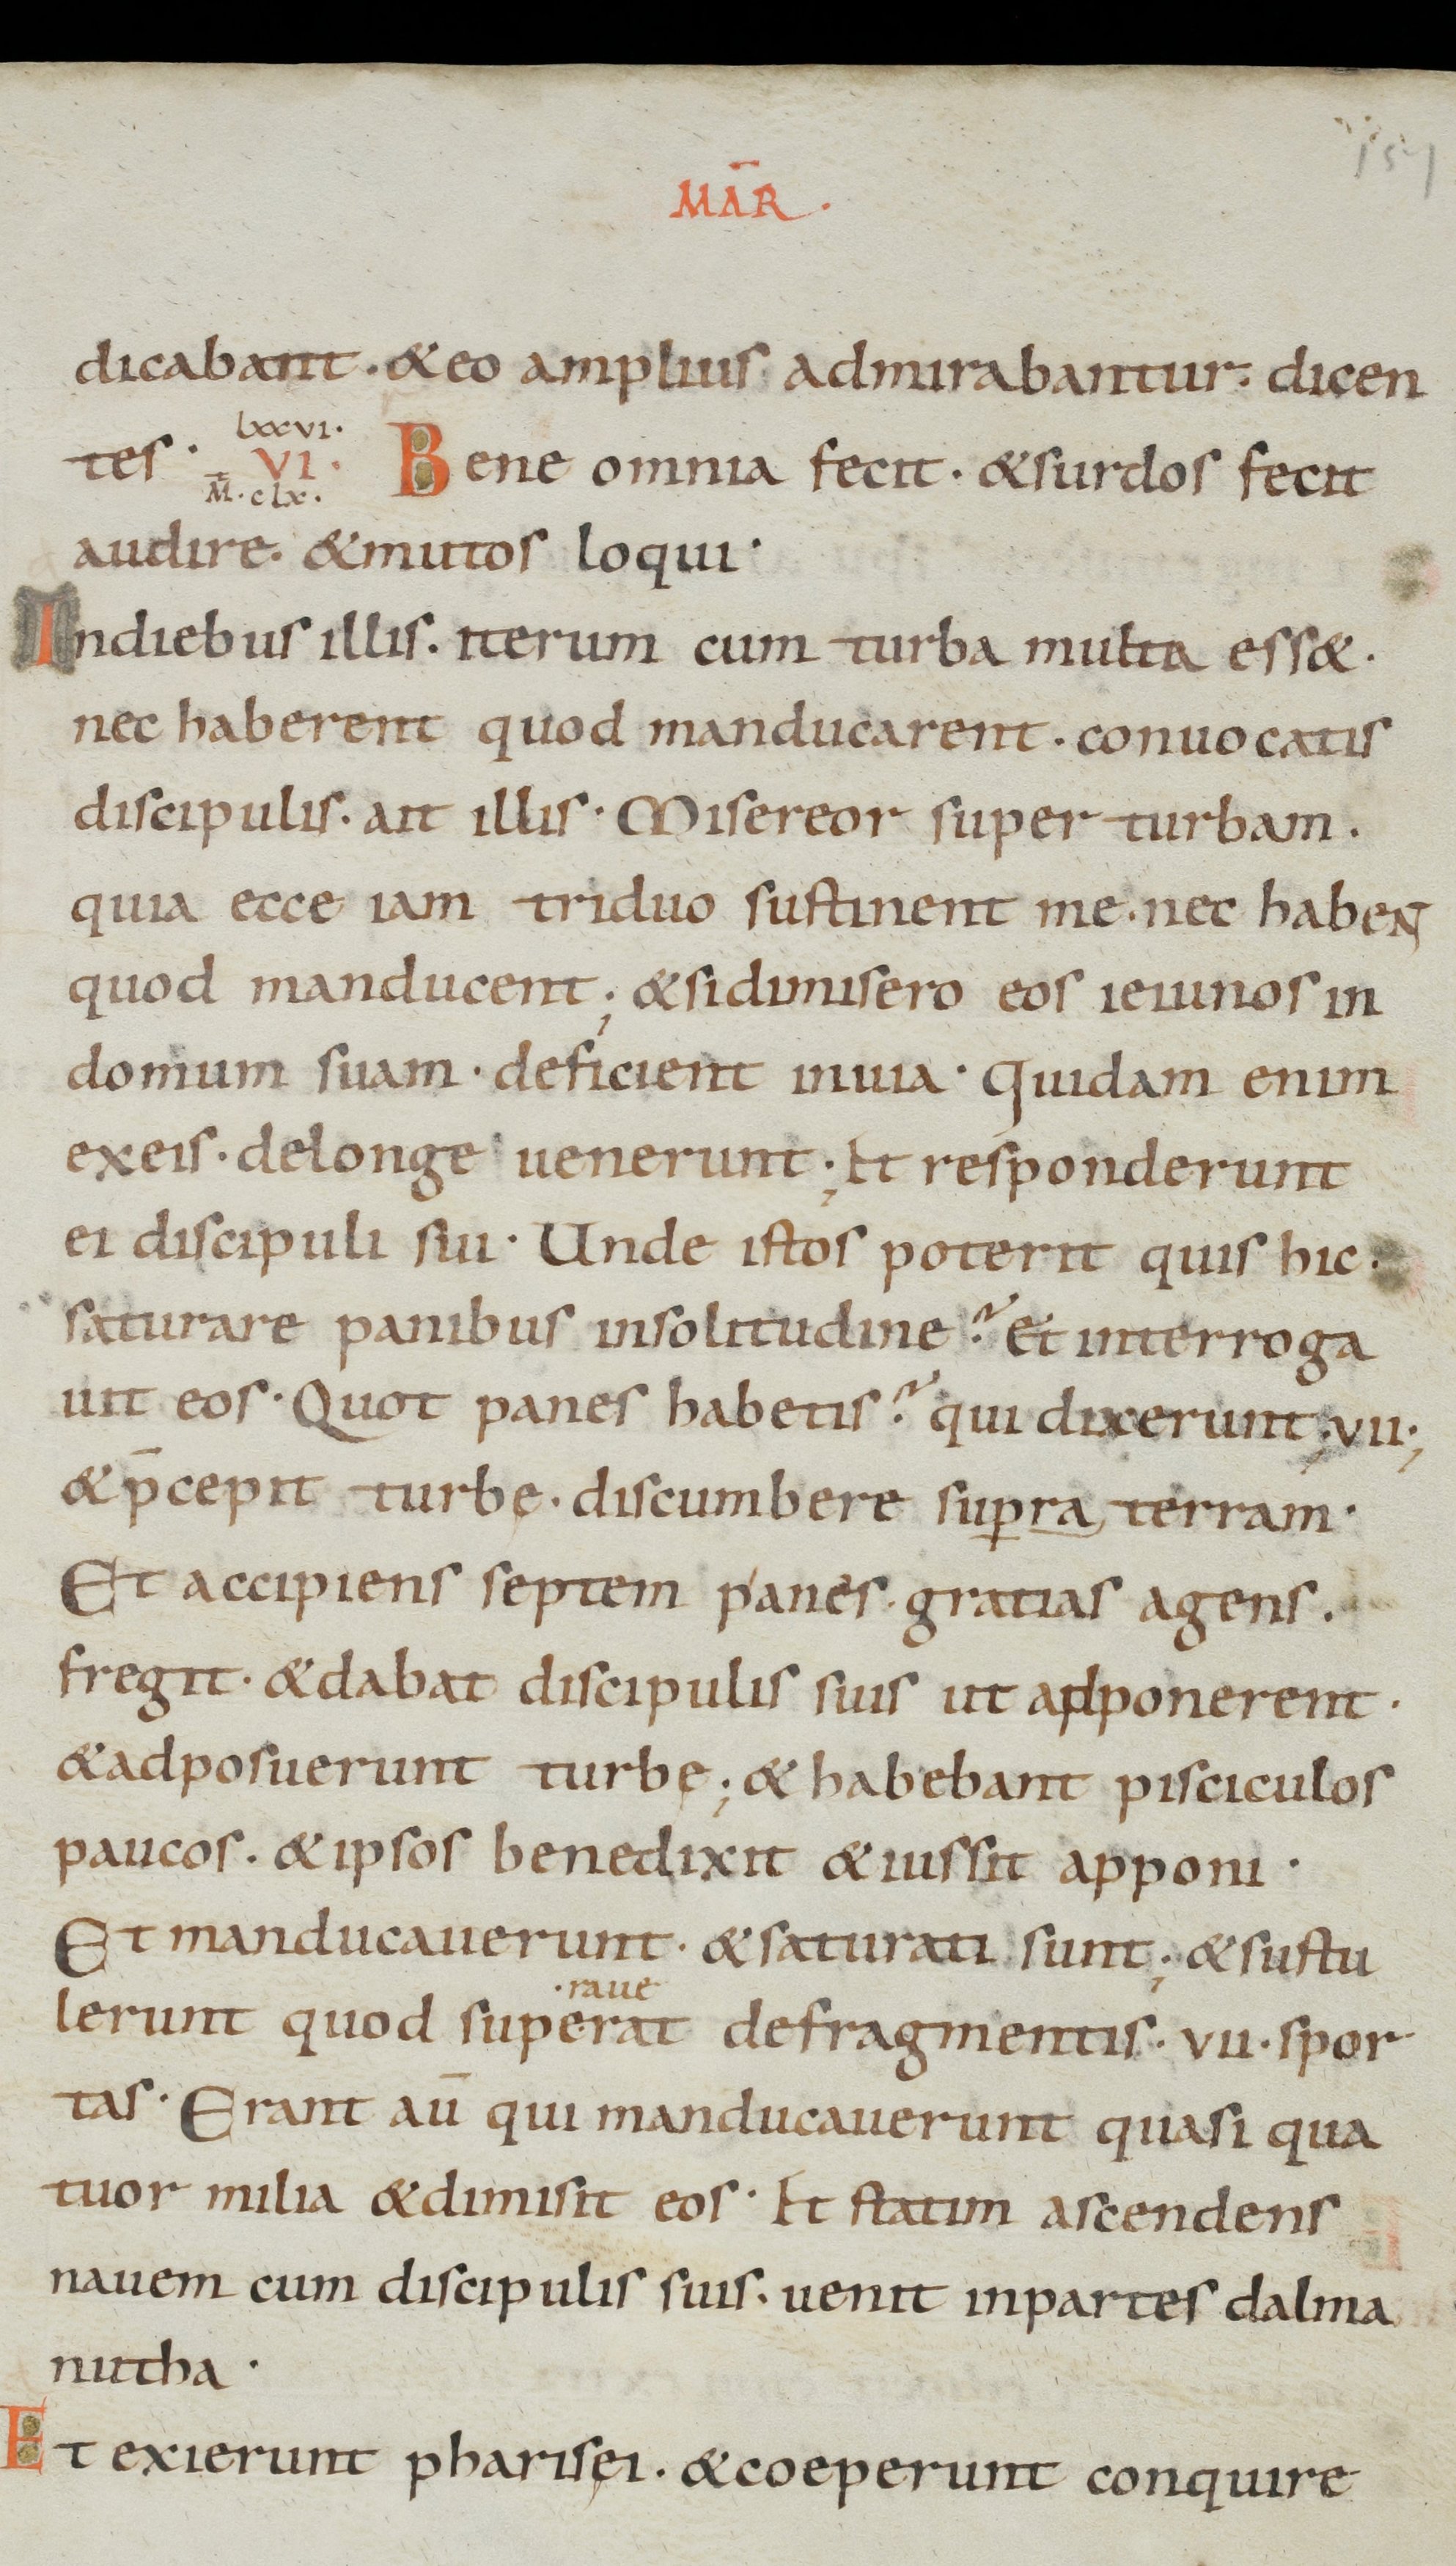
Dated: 885–950